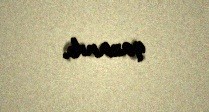
qazanıb.